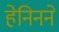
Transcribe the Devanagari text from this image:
हेनिनने